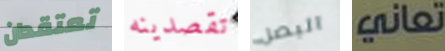
تعتقدان تقصدينه البصل تعاني